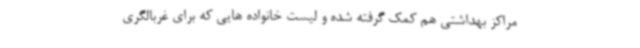
مراکز بهداشتی هم کمک گرفته شده و لیست خانواده هایی که برای غربالگری